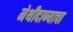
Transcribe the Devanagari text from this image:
मेथीदाण्याचा